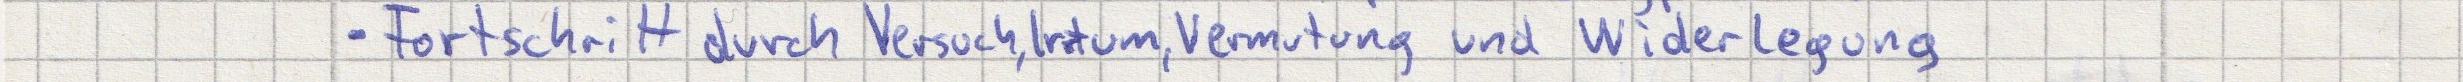
- Fortschritt durch Versuch, Irrtum, Vermutung und Widerlegung